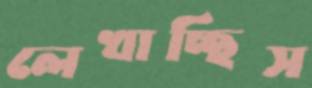
লেখাচ্ছিস